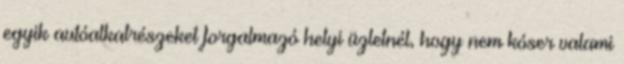
egyik autóalkatrészeket forgalmazó helyi üzletnél, hogy nem kóser valami